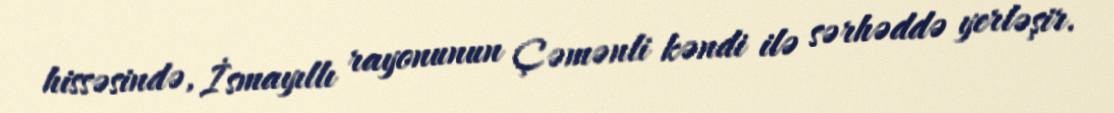
hissəsində, İsmayıllı rayonunun Çəmənli kəndi ilə sərhəddə yerləşir.